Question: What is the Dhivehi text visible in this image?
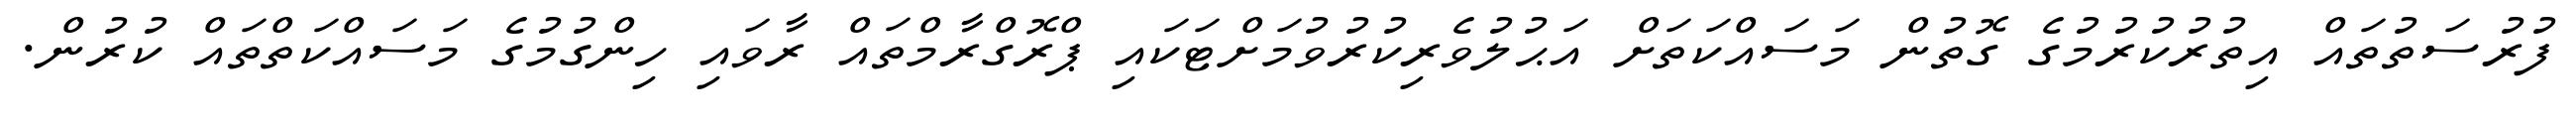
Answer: ފުރުސަތުތައް އިތުރުކުރުމުގެ ގޮތުން މަސައްކަތަށް އަޙުލުވެރިކުރުވުމަށްޓަކައި ޕްރޮގްރާމްތައް ރާވައި ހިންގުމުގެ މަސައްކަތްތައް ކުރުން.